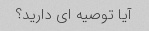
آیا توصیه ای دارید؟